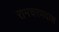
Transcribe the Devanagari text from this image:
रामचरणदास